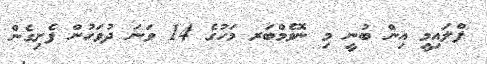
ފްލައިމީ އިން ބުނީ މި ނޮވެމްބަރ މަހުގެ 14 ވަނަ ދުވަހުން ފެށިގެން